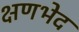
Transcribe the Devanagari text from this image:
क्षणभेद